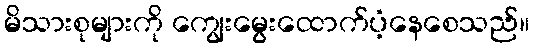
မိသားစုများကို ကျွေးမွေးထောက်ပံ့နေစေသည်။